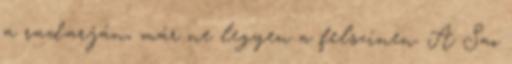
a radarján, már ne legyen a felszínen. A Sao